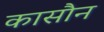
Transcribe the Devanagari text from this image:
कासौन